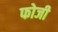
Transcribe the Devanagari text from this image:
फोजी